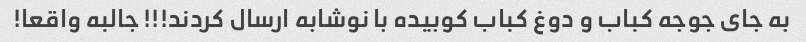
به جاى جوجه کباب و دوغ کباب کوبیده با نوشابه ارسال کردند!!! جالبه واقعا!